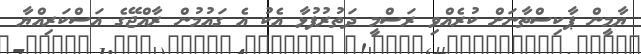
ޔާމީން ޕާކިސްތާނަށް ކުރެއްވި ރަސްމީ ދަތުރުފުޅާ އެކު އެ ގައުމުން ރާއްޖޭގެ އަސްކަރިއްޔާ